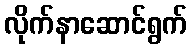
လိုက်နာဆောင်ရွက်